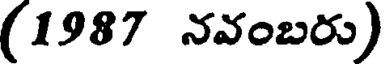
(1987 నవంబరు)